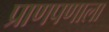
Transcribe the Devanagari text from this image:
प्राणपणाला